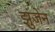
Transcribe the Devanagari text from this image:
झुंजेन